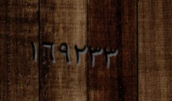
١٦٩٢٣٣